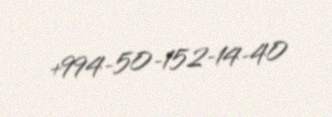
+994-50-152-14-40